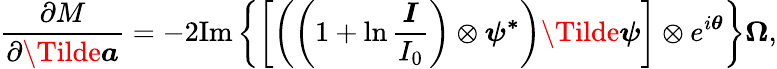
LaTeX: \frac{\partial M}{\partial\boldsymbol{\Tilde{a}}}=-2\mathrm{Im}\left\{ \left[\left(\left(1+\ln\frac{\boldsymbol{I}}{I_{0}}\right)\otimes\boldsymbol{\psi^{*}}\right)\Tilde{\boldsymbol{\psi}}\right]\otimes e^{i\boldsymbol{\theta}}\right\} \boldsymbol{\Omega},